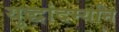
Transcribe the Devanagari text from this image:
युद्धांदर्म्यान